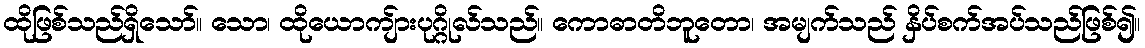
ထိုဖြစ်သည်ရှိသော်။ သော၊ ထိုယောကျ်ားပုဂ္ဂိုလ်သည်။ ကောဓာတိဘူတော၊ အမျက်သည် နှိပ်စက်အပ်သည်ဖြစ်၍။